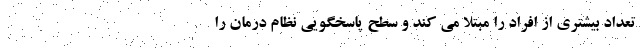
تعداد بیشتری از افراد را مبتلا می کند و سطح پاسخگویی نظام درمان را